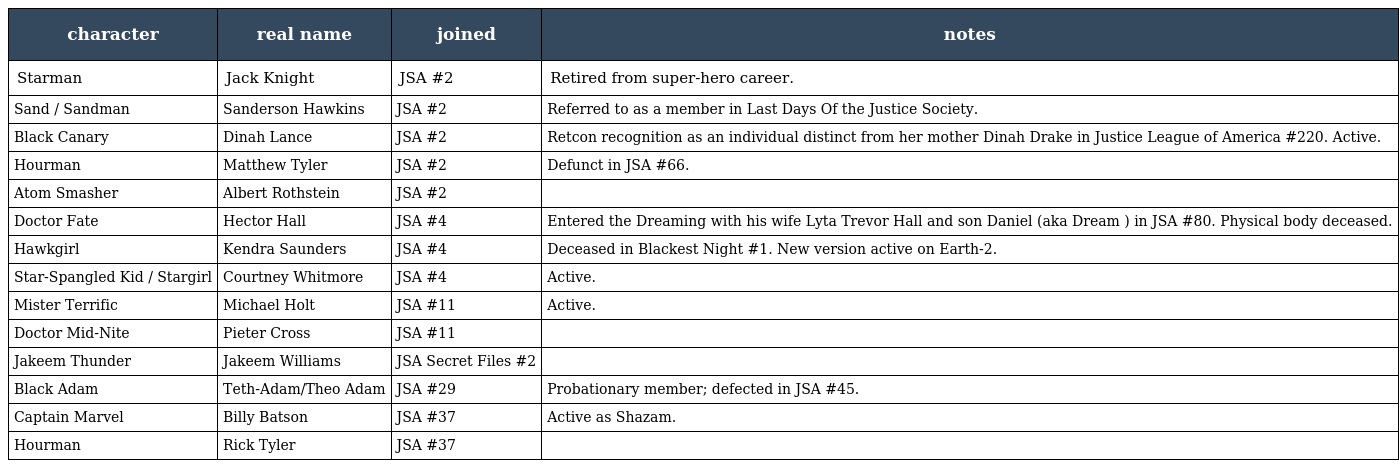
| character | real name | joined | notes |
 | --- | --- | --- | --- |
 | Starman | Jack Knight | JSA #2 | Retired from super-hero career. |
 | Sand / Sandman | Sanderson Hawkins | JSA #2 | Referred to as a member in Last Days Of the Justice Society. |
 | Black Canary | Dinah Lance | JSA #2 | Retcon recognition as an individual distinct from her mother Dinah Drake in Justice League of America #220. Active. |
 | Hourman | Matthew Tyler | JSA #2 | Defunct in JSA #66. |
 | Atom Smasher | Albert Rothstein | JSA #2 |  |
 | Doctor Fate | Hector Hall | JSA #4 | Entered the Dreaming with his wife Lyta Trevor Hall and son Daniel (aka Dream ) in JSA #80. Physical body deceased. |
 | Hawkgirl | Kendra Saunders | JSA #4 | Deceased in Blackest Night #1. New version active on Earth-2. |
 | Star-Spangled Kid / Stargirl | Courtney Whitmore | JSA #4 | Active. |
 | Mister Terrific | Michael Holt | JSA #11 | Active. |
 | Doctor Mid-Nite | Pieter Cross | JSA #11 |  |
 | Jakeem Thunder | Jakeem Williams | JSA Secret Files #2 |  |
 | Black Adam | Teth-Adam/Theo Adam | JSA #29 | Probationary member; defected in JSA #45. |
 | Captain Marvel | Billy Batson | JSA #37 | Active as Shazam. |
 | Hourman | Rick Tyler | JSA #37 |  |